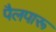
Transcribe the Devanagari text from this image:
पैलपारू